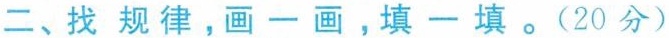
二、找规律，画一画，填一填。(20分)